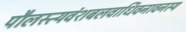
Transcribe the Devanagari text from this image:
पौलस्त्यवंशबलवार्धिवनावनस्य